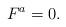
LaTeX: \begin{align*} F^a=0.\end{align*}